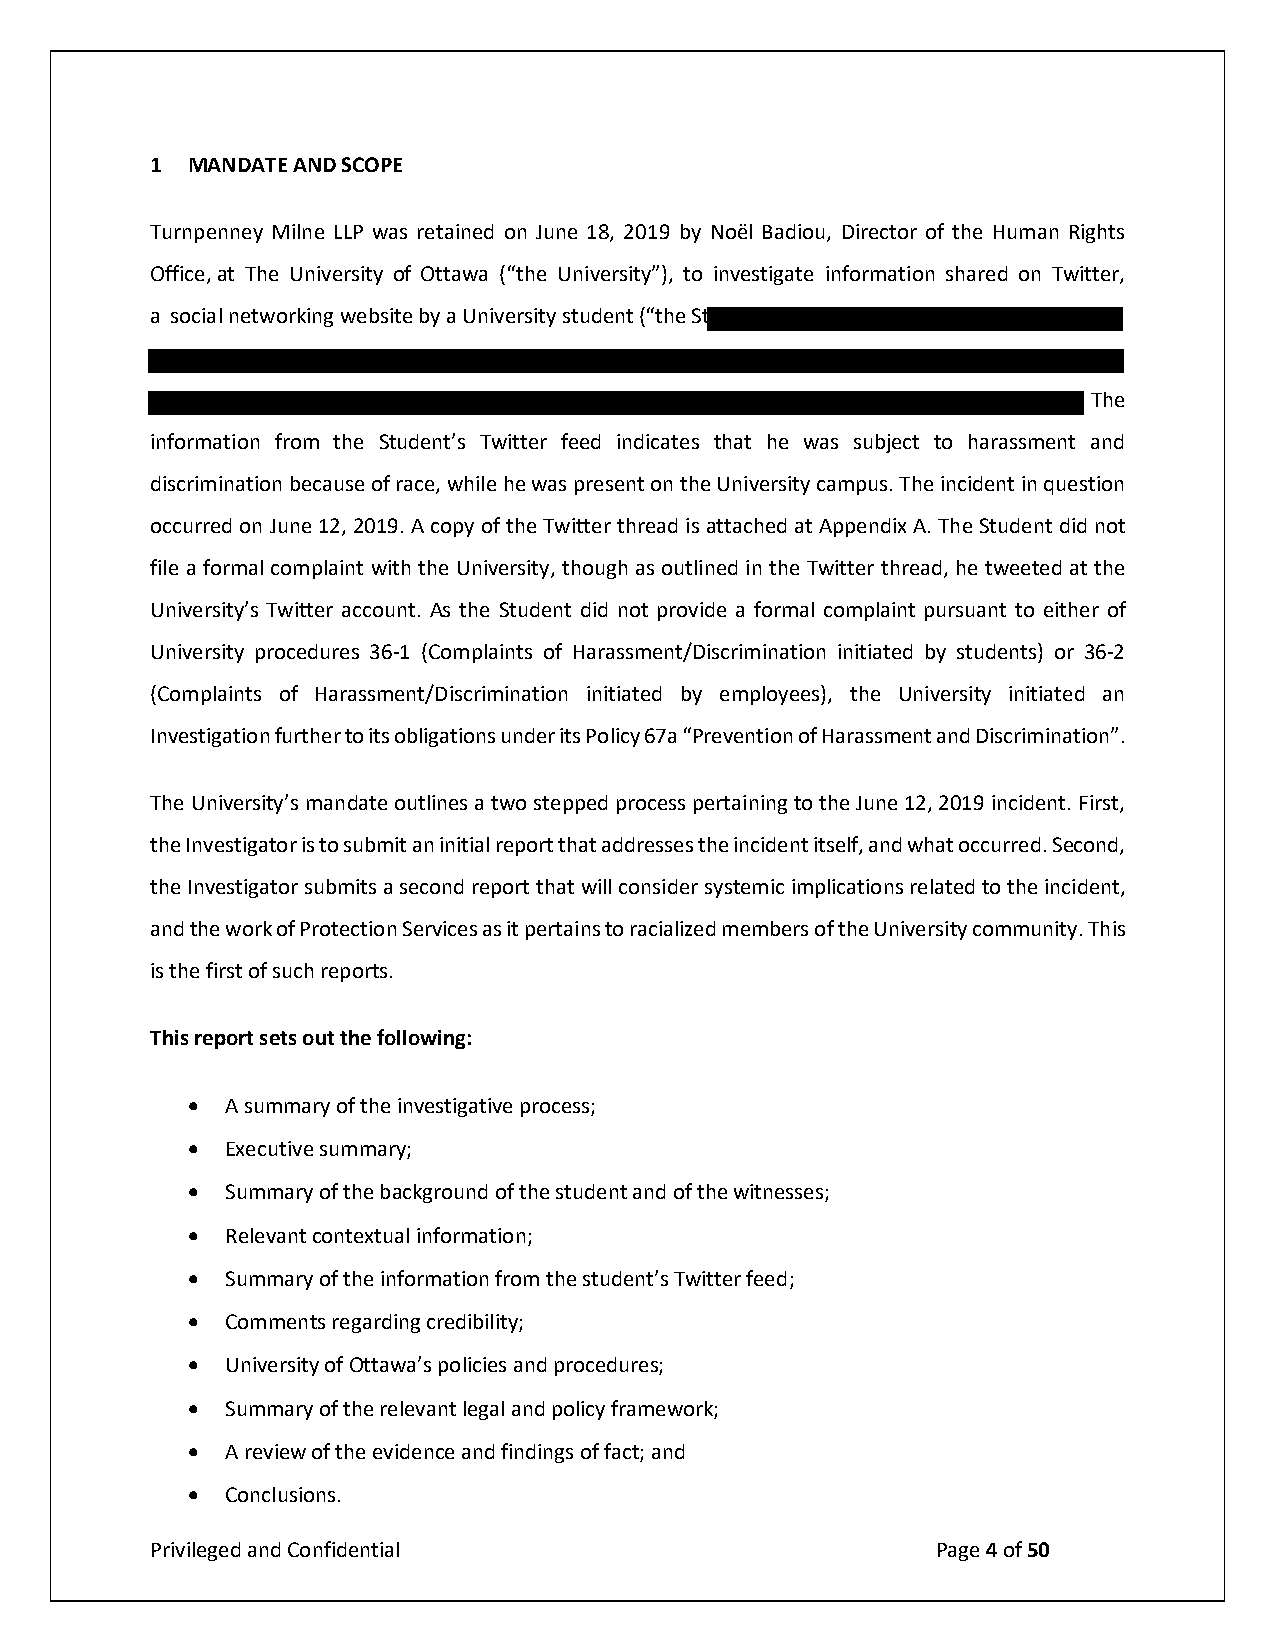
1 MANDATE AND SCOPE
 Turnpenney Milne LLP wa s retaine d o n June 18, 20 19 by Noël Bad iou, Director of the H uman Rights
 Office, at The Un iversity of Ottawa (“the Unive rsit y”), to inve stigate infor mation sh ared on Twitter,
 a social networking we bsite by a Un iversity student (“the St udent”)
 The
 information from the Student’s Twitter feed indicates that he was subject to harassment and
 discrimination because of race, while he was present on the University campus. The incident in question
 occurred on June 12, 2019. A copy of the Twitter thread is attached at Appendix A. The Student did not
 file a formal complaint with the University, though as outlined in the Twitter thread, he tweeted at the
 University’s Twitter account. As the Student did not provide a formal complaint pursuant to either of
 University procedures 36-1 (Complaints of Harassment/Discrimination initiated by students) or 36-2
 (Complaints of Harassment/Discrimination initiated by employees), the University initiated an
 Investigation further to its obligations under its Policy 67a “Prevention of Harassment and Discrimination”.
 The University’s mandate outlines a two stepped process pertaining to the June 12, 2019 incident. First,
 the Investigator is to submit an initial report that addresses the incident itself, and what occurred. Second,
 the Investigator submits a second report that will consider systemic implications related to the incident,
 and the work of Protection Services as it pertains to racialized members of the University community. This
 is the first of such reports.
 This report sets out the following:
 •  A summary of the investigative process;
 •  Executive summary;
 •  Summary of the background of the student and of the witnesses;
 •  Relevant contextual information;
 •  Summary of the information from the student’s Twitter feed;
 •  Comments regarding credibility;
 •  University of Ottawa’s policies and procedures;
 •  Summary of the relevant legal and policy framework;
 •  A review of the evidence and findings of fact; and
 •  Conclusions.
 Privileged and Confidential                         Page 4 of 50